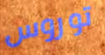
توروس